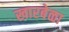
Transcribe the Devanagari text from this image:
खारबेळा